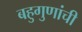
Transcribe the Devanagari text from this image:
बहुगुणांची